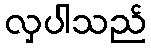
လှပါသည်